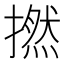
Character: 撚